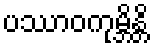
ပဿာဝကုမ္ဘိန္တိ